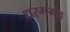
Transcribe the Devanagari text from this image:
धरमगढ़